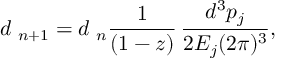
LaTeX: d { \bf \Phi } _ { n + 1 } = d { \bf \Phi } _ { n } \frac 1 { ( 1 - z ) } \, \frac { d ^ { 3 } p _ { j } } { 2 E _ { j } ( 2 \pi ) ^ { 3 } } ,